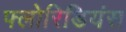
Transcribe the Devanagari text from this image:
फ्लोरिडियंस